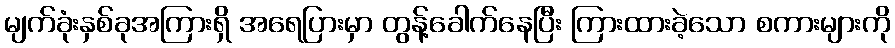
မျက်ခုံးနှစ်ခုအကြားရှိ အရေပြားမှာ တွန့်ခေါက်နေပြီး ကြားထားခဲ့သော စကားများကို